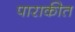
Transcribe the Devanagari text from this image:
पाराकीत